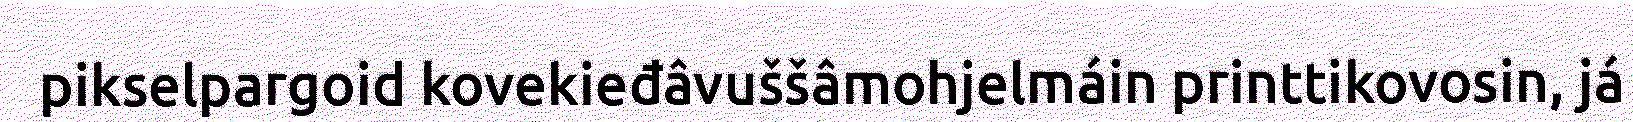
pikselpargoid kovekieđâvuššâmohjelmáin printtikovosin, já